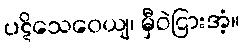
ပဋိသေဝေယျ၊ မှီဝဲငြားအံ့။